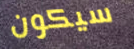
سيكون